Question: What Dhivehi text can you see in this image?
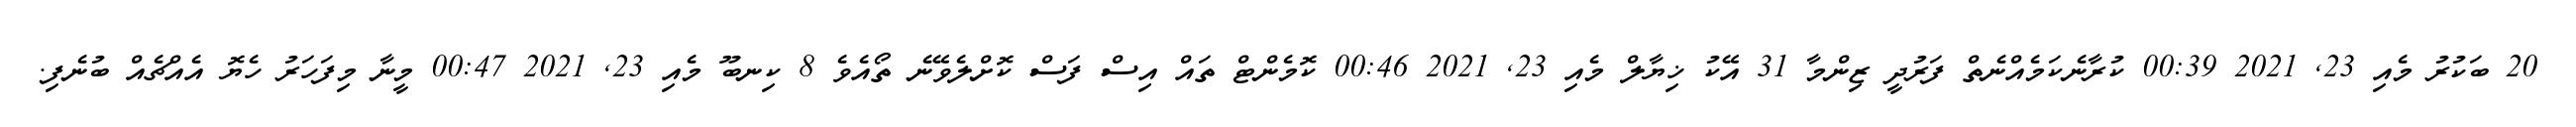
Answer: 20 ބަކުރު މެއި 23, 2021 00:39 ކުރާނެކަމެއްނެތް ފަރުދީ ޒިންމާ 31 އޭކު ޚިޔާލް މެއި 23, 2021 00:46 ކޮމެންޓް ތައް އިސް ފަސް ކޮށްލެވޭނެ ތޯއެވެ 8 ކިނބޫ މެއި 23, 2021 00:47 މީނާ މިފަހަރު ހެޔޮ އެއްޗެއް ބުނެފި.